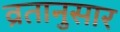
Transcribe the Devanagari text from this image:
व्रतानुसार